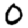
Digit: 0